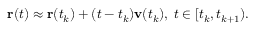
\mathbf { r } ( t ) \approx \mathbf { r } ( t _ { k } ) + ( t - t _ { k } ) \mathbf { v } ( t _ { k } ) , \; t \in [ t _ { k } , t _ { k + 1 } ) .